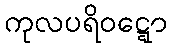
ကုလပရိဝဋ္ဋော